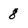
Character: 8